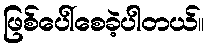
ဖြစ်ပေါ်စေခဲ့ပါတယ်။